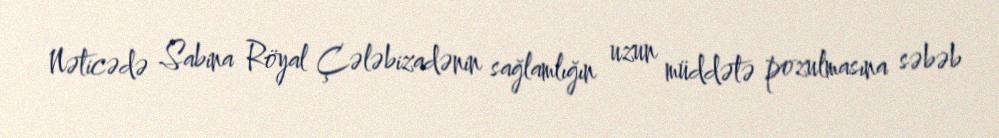
Nəticədə Sabina Röyal Çələbizadənin sağlamlığın uzun müddətə pozulmasına səbəb